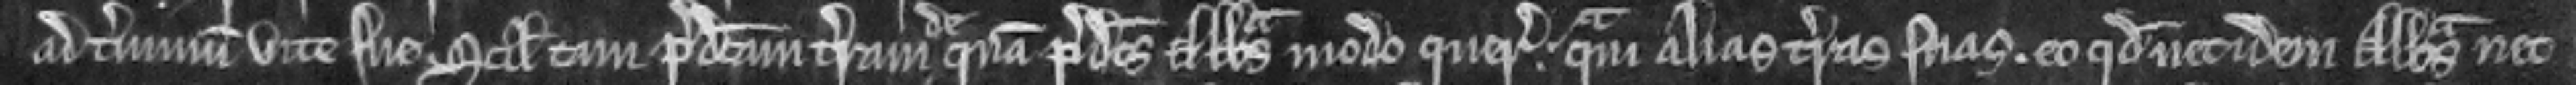
ad terminum vite sue. scilicet tam predictam terram de  qua predictus et Abbas modo queritur. quam alias terras suas. eo quod nec idem Abbas nec